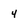
Character: 4